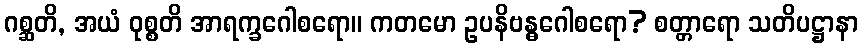
ဂစ္ဆတိ, အယံ ဝုစ္စတိ အာရက္ခဂေါစရော။ ကတမော ဥပနိဗန္ဓဂေါစရော? စတ္တာရော သတိပဋ္ဌာနာ